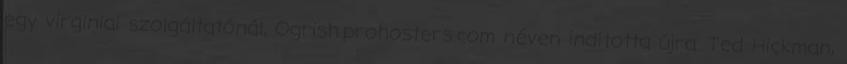
egy virginiai szolgáltatónál, Ogrish.prohosters.com néven indította újra. Ted Hickman,